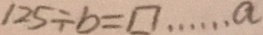
1 2 5 \div b = \square \cdots a